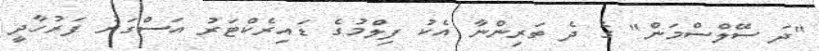
"ދަ ސޭލްސްމަން" ގެ ދެ ތަރިންނާ އެކު ފިލްމުގެ ޑައިރެކްޓަރު އަސްގަރު ފަރުހާދީ